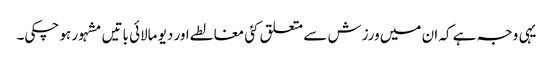
یہی وجہ ہے کہ ان میں ورزش سے متعلق کئی مغالطے اور دیو مالائی باتیں مشہور ہو چکی۔